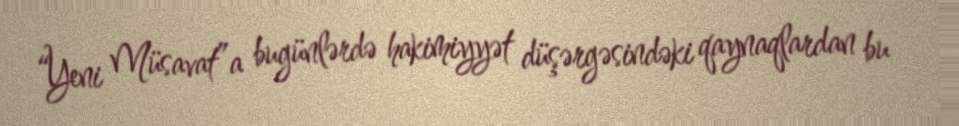
“Yeni Müsavat”a bugünlərdə hakimiyyət düşərgəsindəki qaynaqlardan bu